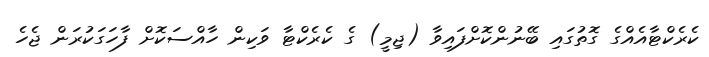
ކެރެކްޓާއެއްގެ ގޮތުގައި ބޭނުންކޮށްފައިވާ (ޖިމީ) ގެ ކެރެކްޓާ ވަކިން ހާއްސަކޮށް ފާހަގަކުރަން ޖެހެ